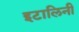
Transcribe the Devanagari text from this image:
इटालिनी